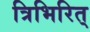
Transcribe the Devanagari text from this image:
त्रिभिरित्